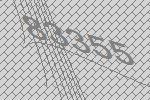
83355